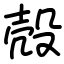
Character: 殻